Vaccination in Burma 1920-1933 - 1920-1933
Year: 1920
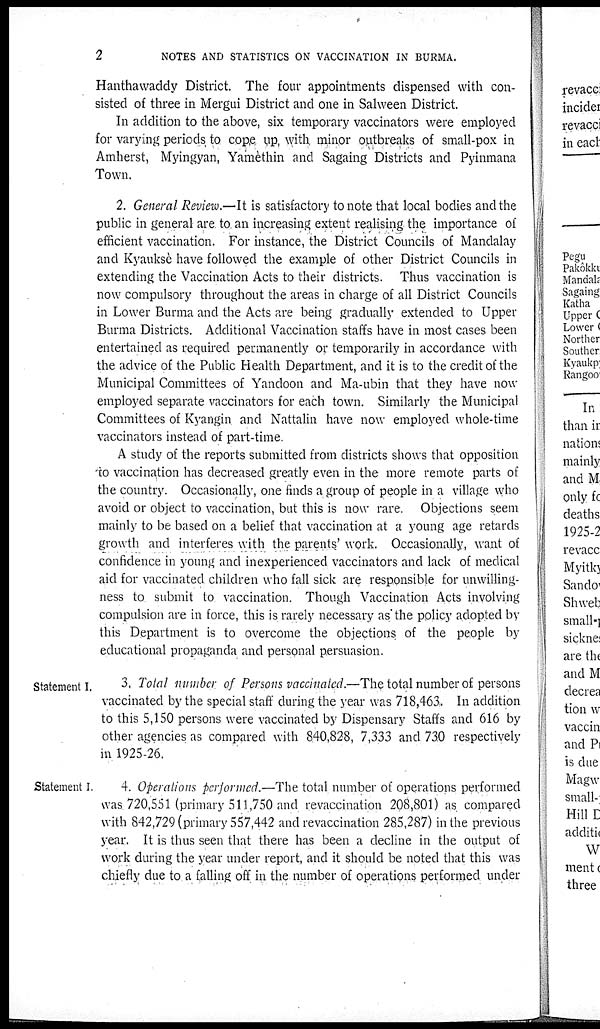
2
NOTES AND STATISTICS ON VACCINATION IN BURMA.
Hanthawaddy District. The four appointments dispensed with con-
sisted of three in Mergui District and one in Salween District.
In addition to the above, six temporary vaccinators were employed
for varying periods to cope up, with minor outbreaks of small-pox in
Amherst, Myingyan, Yamèthin and Sagaing Districts and Pyinmana
Town.
2. General Review.—It is satisfactory to note that local bodies and the
public in general are to an increasing extent realising the importance of
efficient vaccination. For instance, the District Councils of Mandalay
and Kyauksè have followed the example of other District Councils in
extending the Vaccination Acts to their districts. Thus vaccination is
now compulsory throughout the areas in charge of all District Councils
in Lower Burma and the Acts are being gradually extended to Upper
Burma Districts. Additional Vaccination staffs have in most cases been
entertained as required permanently or temporarily in accordance with
the advice of the Public Health Department, and it is to the credit of the
Municipal Committees of Yandoon and Ma-ubin that they have now
employed separate vaccinators for each town. Similarly the Municipal
Committees of Kyangin and Nattalin have now employed whole-time
vaccinators instead of part-time.
A study of the reports submitted from districts shows that opposition
to vaccination has decreased greatly even in the more remote parts of
the country. Occasionally, one finds a group of people in a village who
avoid or object to vaccination, but this is now rare. Objections seem
mainly to be based on a belief that vaccination at a young age retards
growth and interferes with the parents' work. Occasionally, want of
confidence in young and inexperienced vaccinators and lack of medical
aid for vaccinated children who fall sick are responsible for unwilling-
ness to submit to vaccination. Though Vaccination Acts involving
compulsion are in force, this is rarely necessary as the policy adopted by
this Department is to overcome the objections of the people by
educational propaganda and personal persuasion.
Statement I.
3. Tolal number of Persons vaccinated.—The total number of persons
vaccinated by the special staff during the year was 718,463. In addition
to this 5,150 persons were vaccinated by Dispensary Staffs and 616 by
other agencies as compared with 840,828, 7,333 and 730 respectively
in 1925-26.
Statement I.
4. Operations performed.—The total number of operations performed
was 720,551 (primary 511,750 and revaccination 208,801) as compared
with 842,729 (primary 557,442 and revaccination 285,287) in the previous
year. It is thus seen that there has been a decline in the output of
work during the year under report, and it should be noted that this was
chiefly due to a falling off in the number of operations performed under